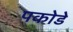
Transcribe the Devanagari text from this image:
पकोडे